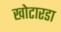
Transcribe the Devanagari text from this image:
खोटारडा